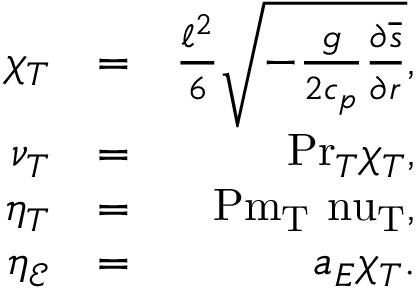
\begin{array} { r l r } { \chi _ { T } } & { = } & { \frac { \ell ^ { 2 } } { 6 } \sqrt { - \frac { g } { 2 c _ { p } } \frac { \partial \overline { { s } } } { \partial r } } , } \\ { \nu _ { T } } & { = } & { \mathrm { P r } _ { T } \chi _ { T } , } \\ { \eta _ { T } } & { = } & { \mathrm { P m _ { T } \ n u _ { T } } , } \\ { \eta _ { \mathcal { E } } } & { = } & { a _ { E } \chi _ { T } . } \end{array}